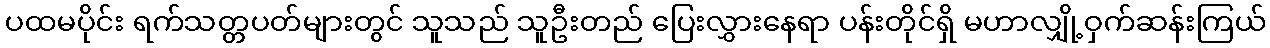
ပထမပိုင်း ရက်သတ္တပတ်များတွင် သူသည် သူဦးတည် ပြေးလွှားနေရာ ပန်းတိုင်ရှိ မဟာလျှို့ဝှက်ဆန်းကြယ်